Jarvakandi_vallavalitsus, lk 81
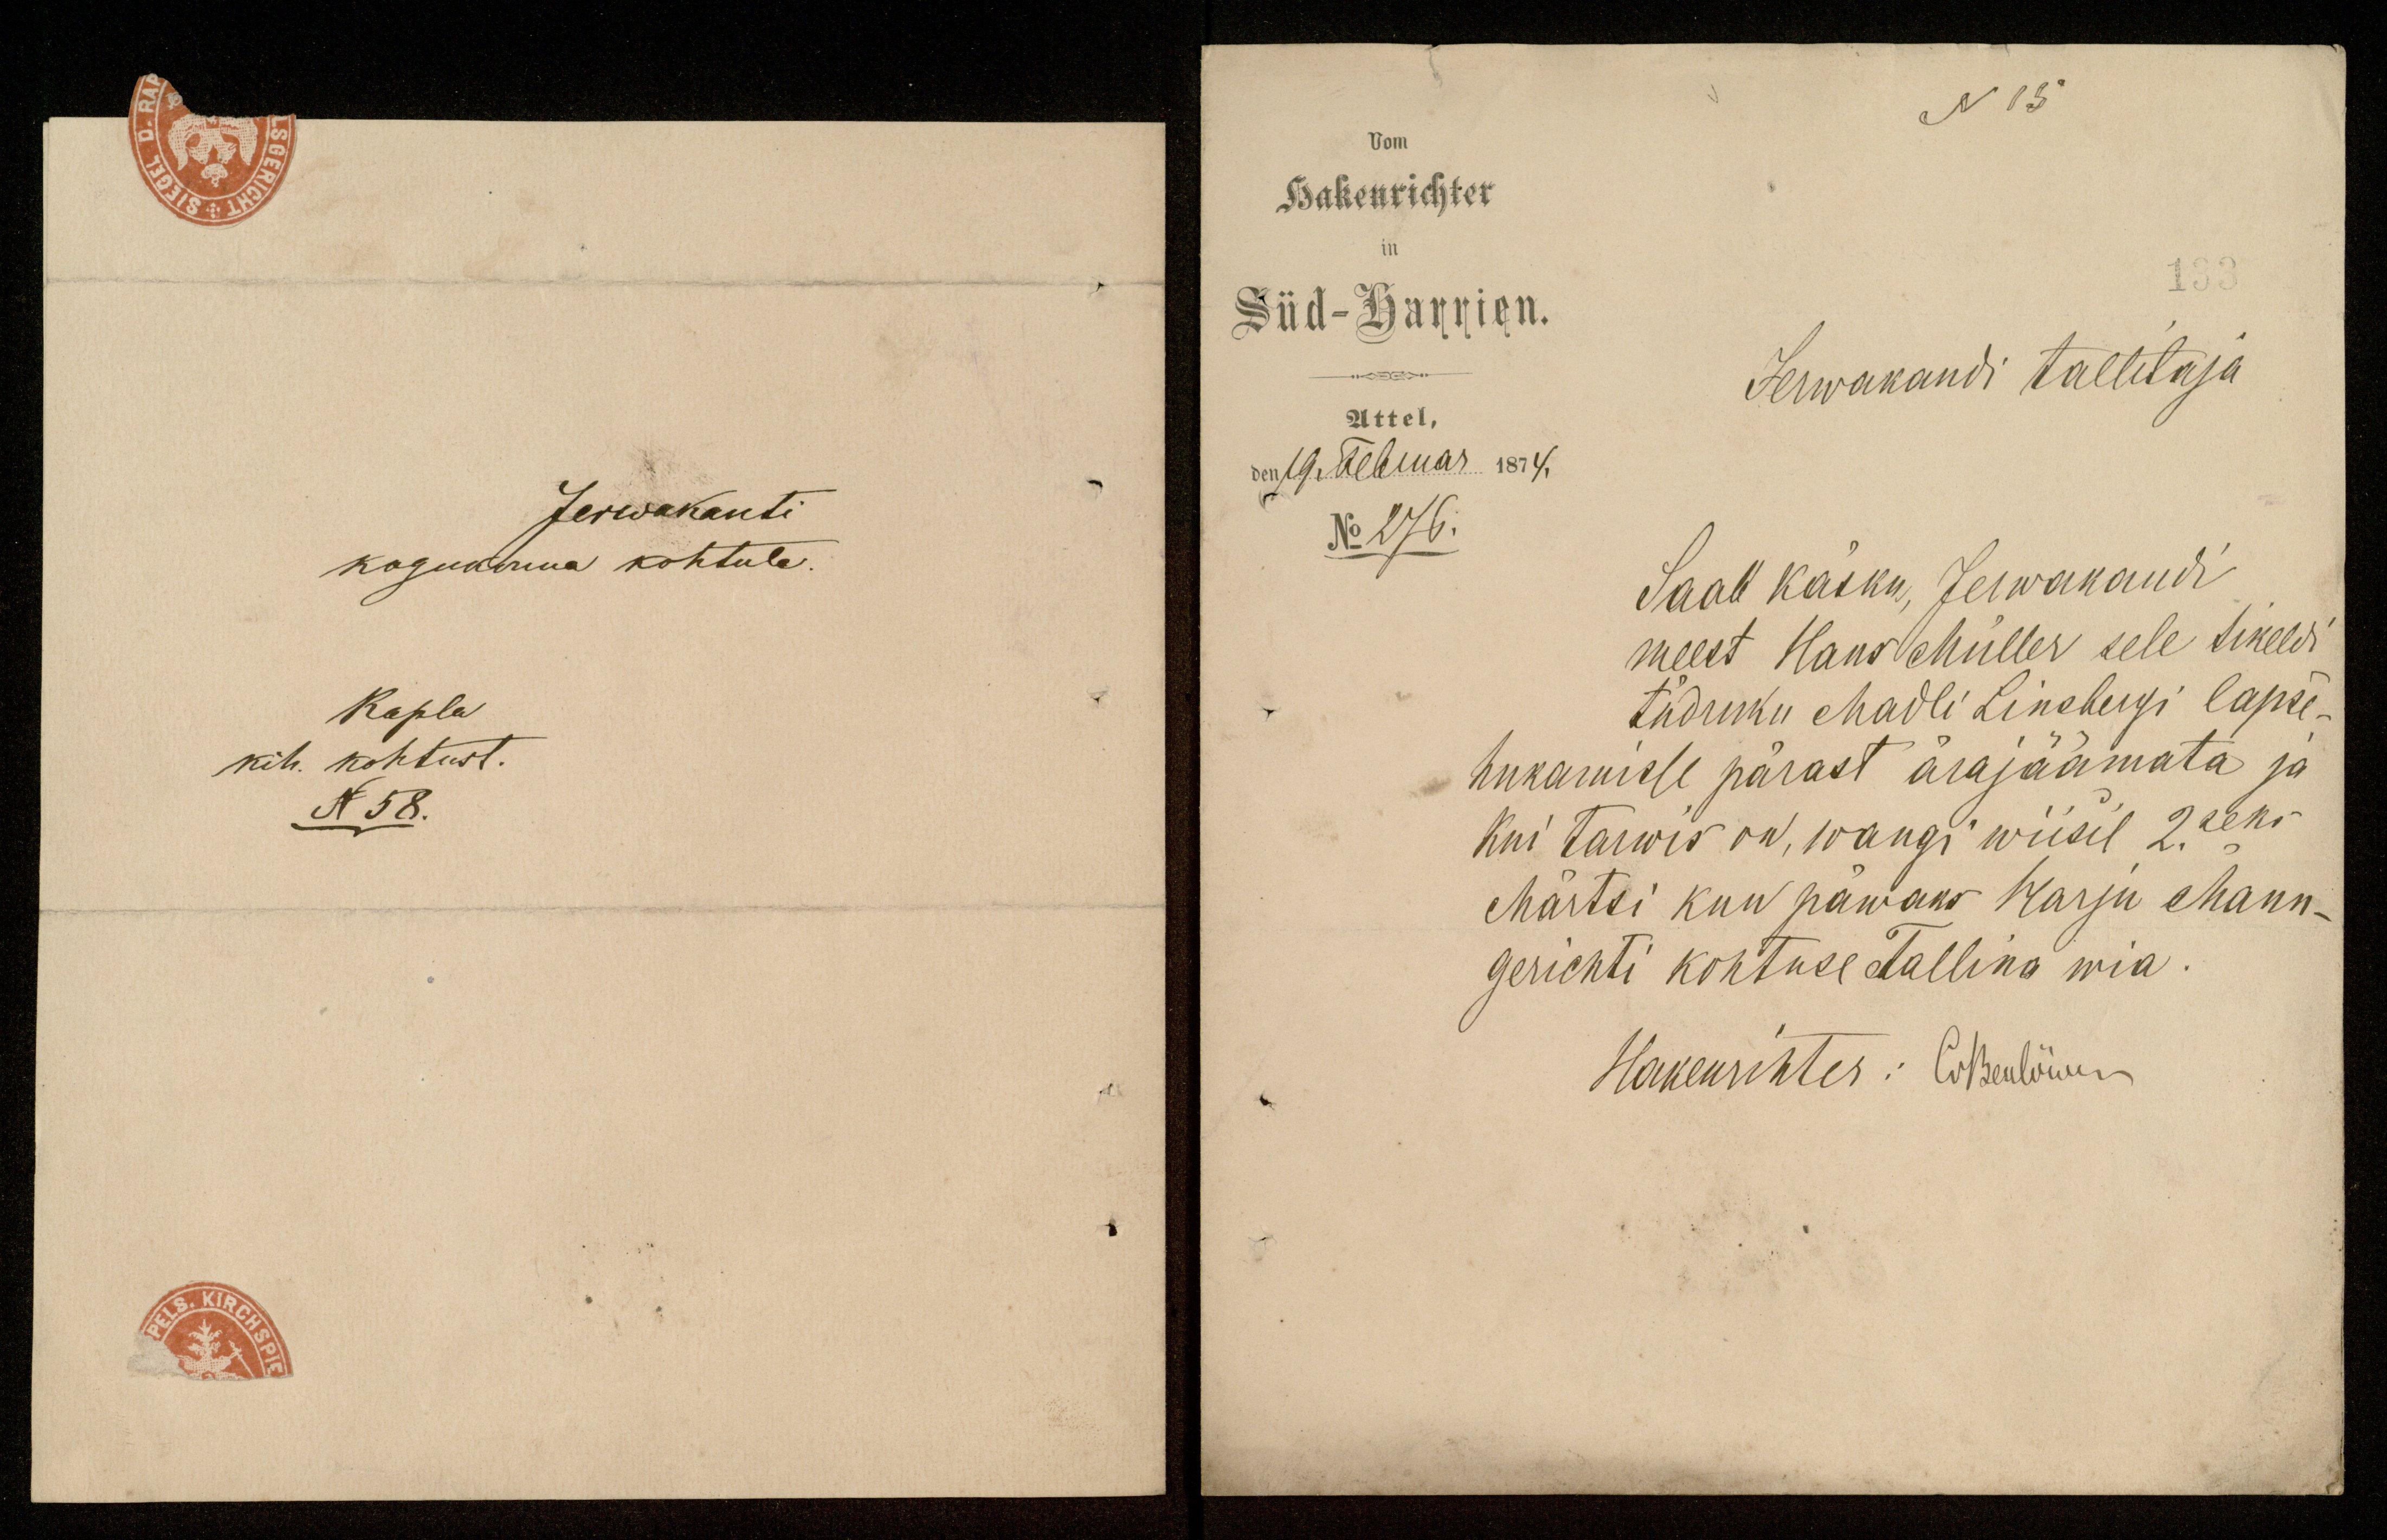
Jerwakanti
kogukonna kohtule.
Rapla
kih. kohtust.
N 58.

N 15.
vom
Hakenrichter
im
133
Süd-Harrien.
Jerwakandi tallitaja
Attel,
den 19 Februar 1874.
No 276.
Saab käsku, Jerwakandi
meest Hans Müller sele tikeld
tüdruku Madli Linbergi lapse-
hukamisse pärast ärajäämata ja
Kui tarwis on, wangi wiisil 2 seks
Märtsi kuu päwaks Karju Mann-
gerichti kohtuse Tallina wia.
Hakenrihter: Golbeulööm